Lunatic asylums Madras 1892-1911 - 1892-1911
Year: 1892
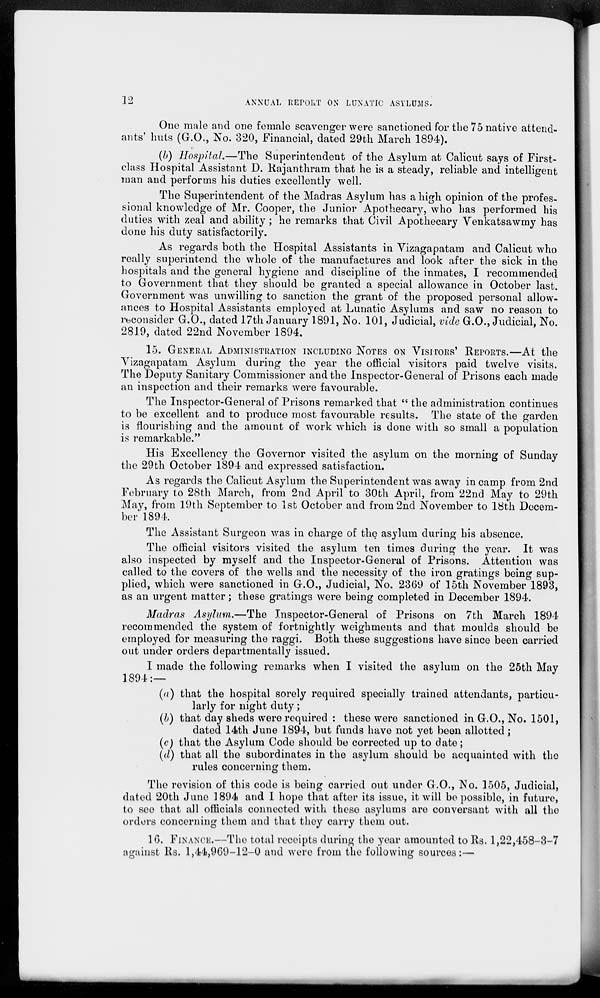
12 ANNUAL REPORT ON LUNATIC ASYLUMS.
One male and one female scavenger were sanctioned for the 75 native attend-
ants' huts (G.O., No. 320, Financial, dated 29th March 1894).
(b) Hospital.—The Superintendent of the Asylum at Calicut says of First-
class Hospital Assistant D. Rajanthram that he is a steady, reliable and intelligent
man and performs his duties excellently well.
The Superintendent of the Madras Asylum has a high opinion of the profes-
sional knowledge of Mr. Cooper, the Junior Apothecary, who has performed his
duties with zeal and ability; he remarks that Civil Apothecary Venkatsawmy has
done his duty satisfactorily.
As regards both the Hospital Assistants in Vizagapatam and Calicut who
really superintend the whole of the manufactures and look after the sick in the
hospitals and the general hygiene and discipline of the inmates, I recommended
to Government that they should be granted a special allowance in October last.
Government was unwilling to sanction the grant of the proposed personal allow-
ances to Hospital Assistants employed at Lunatic Asylums and saw no reason to
reconsider G.O., dated 17th January 1.891, No. 101, Judicial, vide G.O., Judicial, No.
2819, dated 22nd November 1894.
15. GENERAL ADMINISTRATION INCLUDING NOTES ON VISITORS' REPORTS.—At the
Vizagapatam Asylum during the year the official visitors paid twelve visits.
The Deputy Sanitary Commissioner and the Inspector-General of Prisons each made
an inspection and their remarks were favourable.
The Inspector-General of Prisons remarked that " the administration continues
to be excellent and to produce most favourable results. The state of the garden
is flourishing and the amount of work which is done with so small a population
is remarkable."
His Excellency the Governor visited the asylum on the morning of Sunday
the 29th October 1894 and expressed satisfaction.
As regards the Calicut Asylum the Superintendent was away in camp from 2nd
February to 28th March, from 2nd April to 30th April, from 22nd May to 29th
May, from 19th September to 1st October and from 2nd November to 18th Decem-
ber 1894.
The Assistant Surgeon was in charge of the asylum during his absence.
The official visitors visited the asylum ten times during the year. It was
also inspected by myself and the Inspector-General of Prisons. Attention was
called to the covers of the wells and the necessity of the iron gratings being sup-
plied, which were sanctioned in G.O., Judicial, No. 2369 of 15th November 1893,
as an urgent matter; these gratings were being completed in December 1894.
Madras Asylum.—The Inspector-General of Prisons on 7th March 1894
recommended the system of fortnightly weighments and that moulds should be
employed for measuring the raggi. Both these suggestions have since been carried
out under orders departmentally issued.
I made the following remarks when I visited the asylum on the 25th May
1894:—
(a) that the hospital sorely required specially trained attendants, particu-
larly for night duty;
(b) that day sheds were required : these were sanctioned in G.O., No. 1501,
dated 14th June 1894, but funds have not yet been allotted;
(c) that the Asylum Code should be corrected up to date;
(d) that all the subordinates in the asylum should be acquainted with the
rules concerning them.
The revision of this code is being carried out under G.O., No. 1505, Judicial,
dated 20th June 1894 and I hope that after its issue, it will be possible, in future,
to see that all officials connected with these asylums are conversant with all the
orders concerning them and that they carry them out.
10. FINANCE.—The total receipts during the year amounted to Rs. 1,22,458-3-7
against Rs. 1,44,969-12-0 and were from the following sources:—